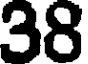
38